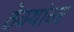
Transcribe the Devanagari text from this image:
ठेक्यांवर